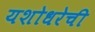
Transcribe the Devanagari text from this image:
यशोधरेची